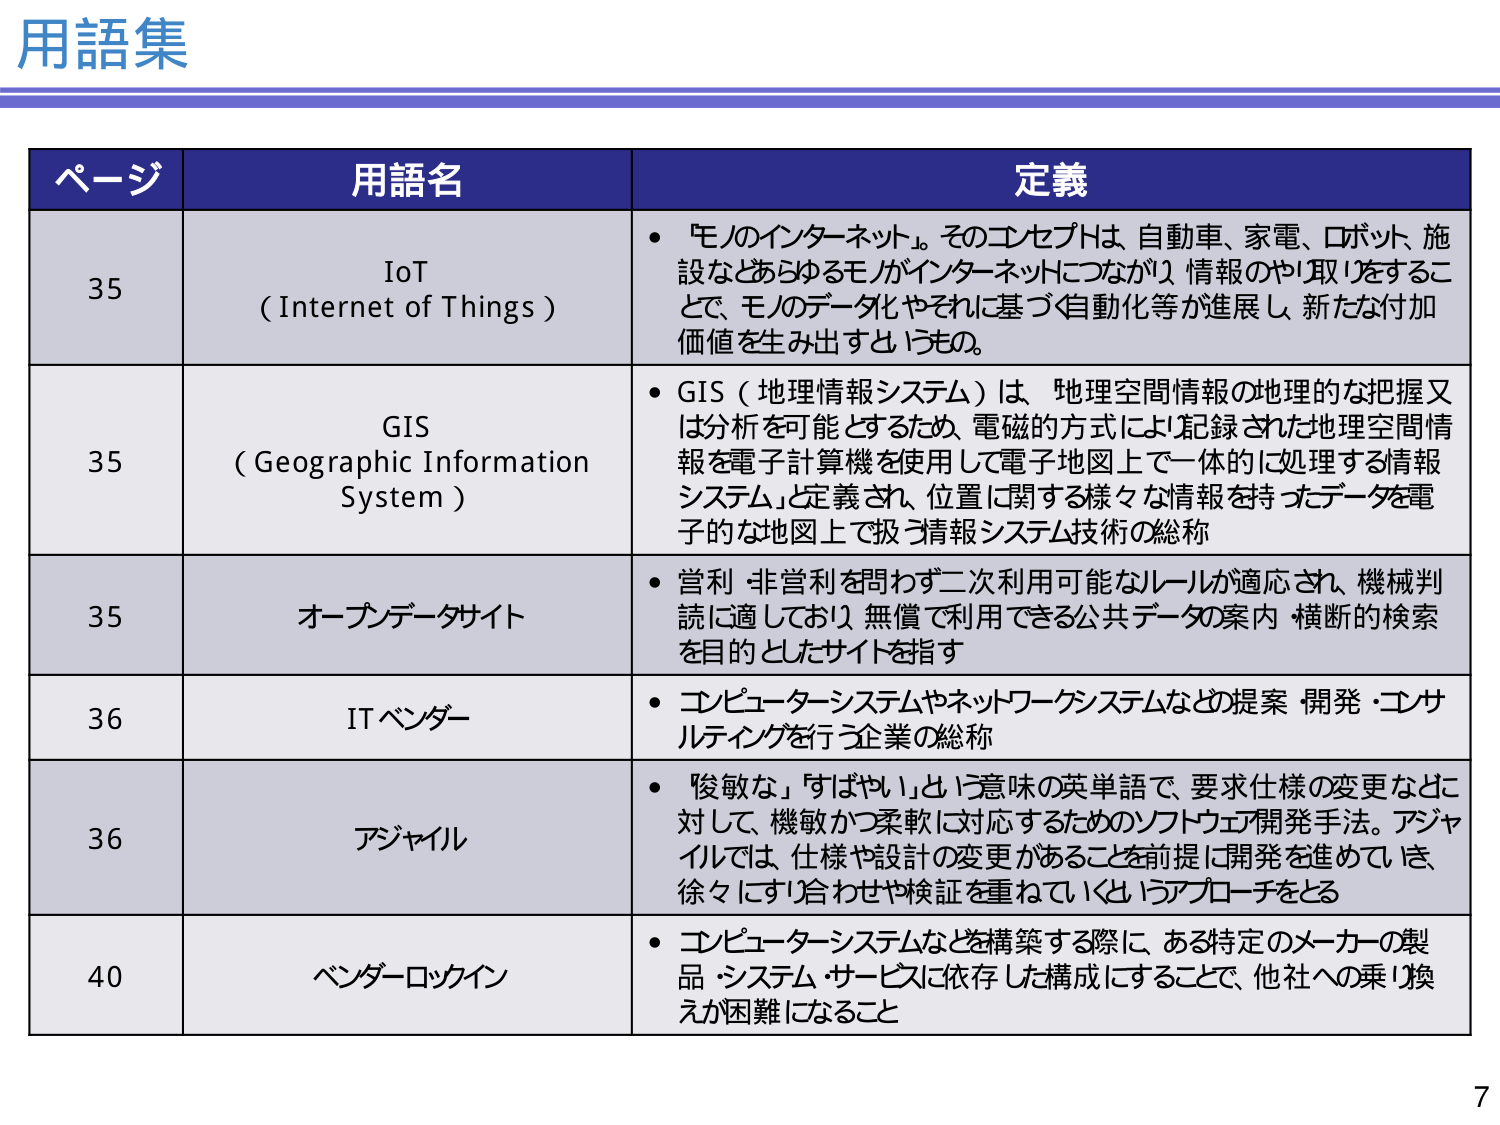
用語集

ページ 用語名 定義

35 IoT (Internet of Things) • 「モノのインターネット」。そのコンセプトは、自動車、家電、ロボット、施設などあらゆるモノがインターネットにつながり、情報のやり取りをすることで、モノのデータ化やそれに基づく自動化等が進展し、新たな付加価値を生み出すというもの。

35 GIS (Geographic Information System) • GIS（地理情報システム）は、「地理空間情報の地理的な把握又は分析を可能とするため、電磁的方式により記録された地理空間情報を電子計算機を使用して電子地図上で一体的に処理する情報システム」と定義され、位置に関する様々な情報を持ったデータを電子的な地図上で扱う情報システム技術の総称

35 オープンデータサイト • 営利・非営利を問わず二次利用可能なルールが適応され、機械判読に適しており、無償で利用できる公共データの案内・横断的検索を目的としたサイトを指す

36 ITベンダー • コンピューターシステムやネットワークシステムなどの提案・開発・コンサルティングを行う企業の総称

36 アジャイル • 「俊敏な」「すばやい」という意味の英単語で、要求仕様の変更などに対して、機敏かつ柔軟に対応するためのソフトウェア開発手法。アジャイルでは、仕様や設計の変更があることを前提に開発を進めていき、徐々にすり合わせや検証を重ねていくというアプローチをとる

40 ベンダーロックイン • コンピューターシステムなどを構築する際に、ある特定のメーカーの製品・システム・サービスに依存した構成にすることで、他社への乗り換えが困難になること

7